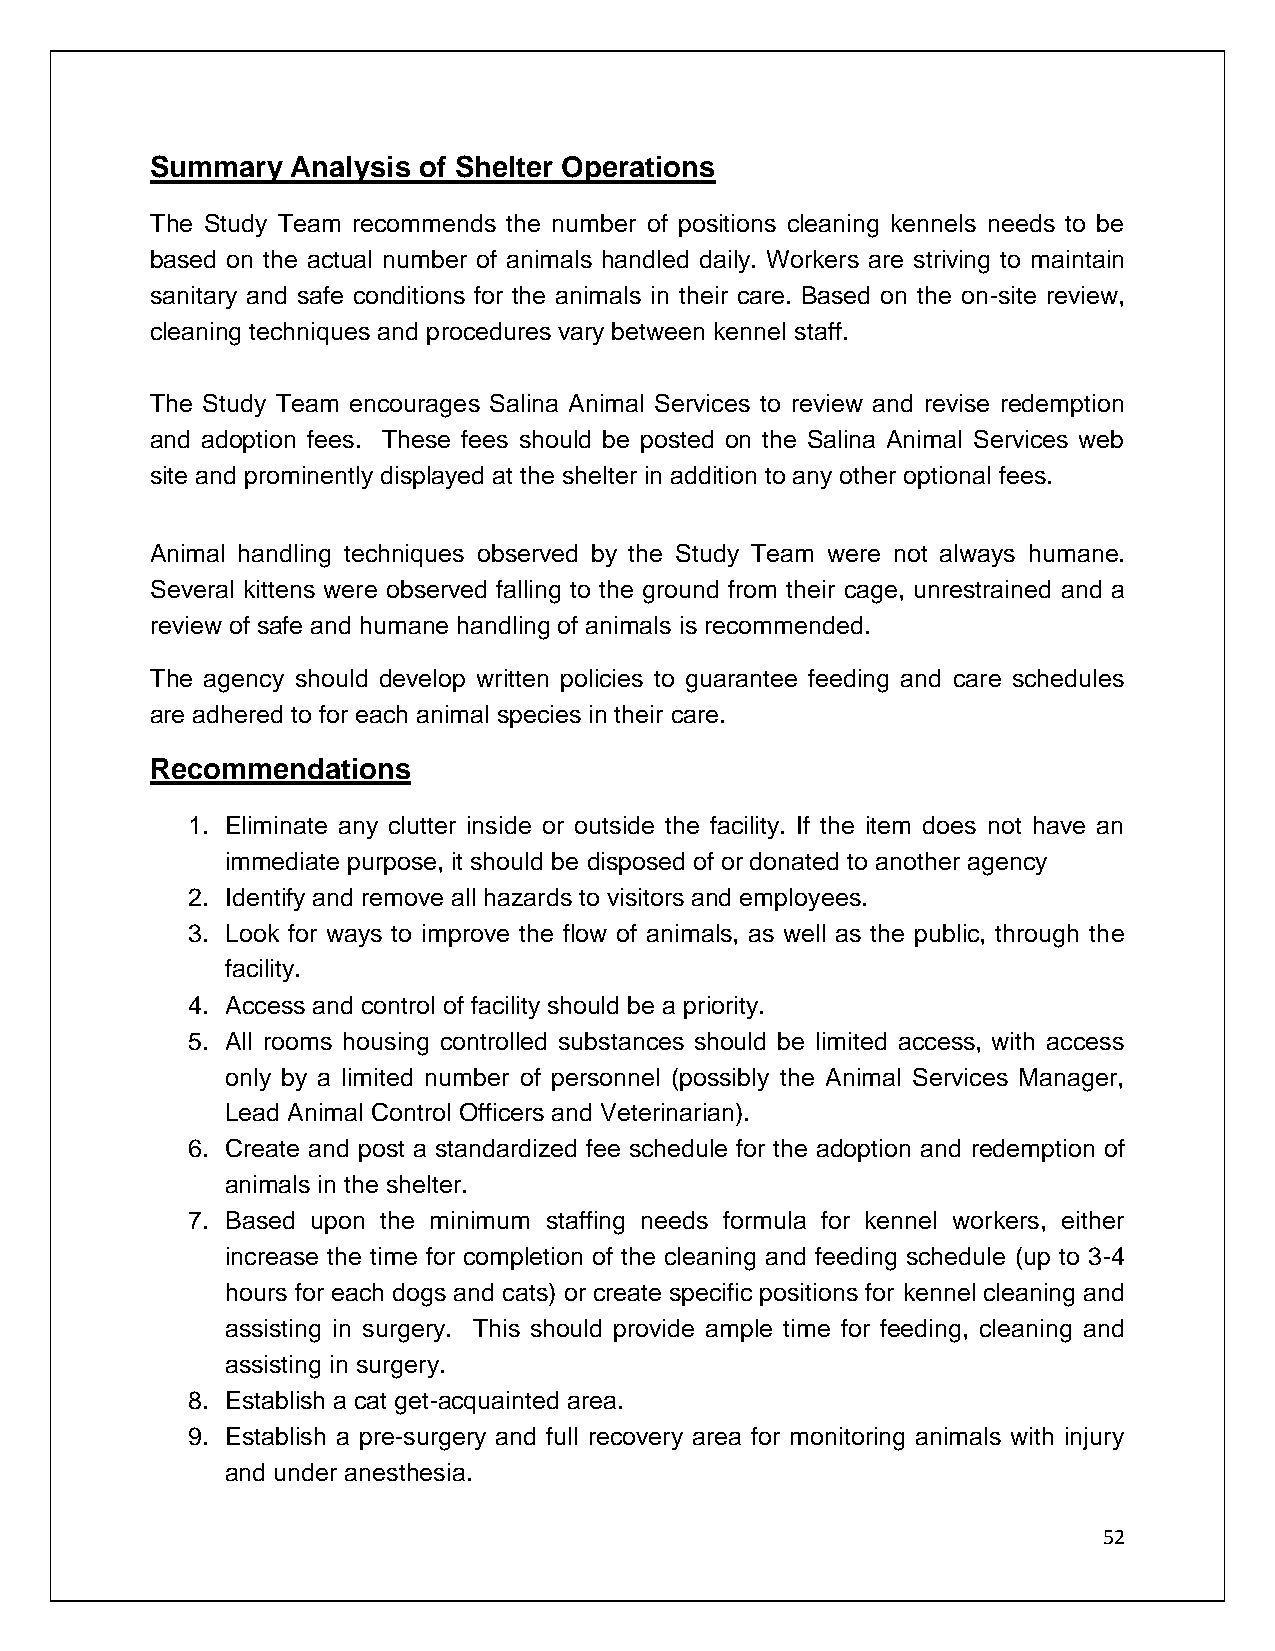
Summary  Analysis of Shelter Operations
 The Study Team recommends the number of positions cleaning kennels needs to be
 based on the actual number of animals handled daily. Workers are striving to maintain
 sanitary and safe conditions for the animals in their care. Based on the on-site review,
 cleaning techniques and procedures vary between kennel staff.
 The Study Team encourages Salina Animal Services to review and revise redemption
 and adoption fees. These fees should be posted on the Salina Animal Services web
 site and prominently displayed at the shelter in addition to any other optional fees.
 Animal handling techniques observed by the Study Team were not always humane.
 Several kittens were observed falling to the ground from their cage, unrestrained and a
 review of safe and humane handling of animals is recommended.
 The agency should develop written policies to guarantee feeding and care schedules
 are adhered to for each animal species in their care.
 Recommendations
 1. Eliminate any clutter inside or outside the facility. If the item does not have an
 immediate purpose, it should be disposed of or donated to another agency
 2. Identify and remove all hazards to visitors and employees.
 3. Look for ways to improve the flow of animals, as well as the public, through the
 facility.
 4. Access and control of facility should be a priority.
 5. All rooms housing controlled substances should be limited access, with access
 only by a limited number of personnel (possibly the Animal Services Manager,
 Lead Animal Control Officers and Veterinarian).
 6. Create and post a standardized fee schedule for the adoption and redemption of
 animals in the shelter.
 7. Based upon the minimum staffing needs formula for kennel workers, either
 increase the time for completion of the cleaning and feeding schedule (up to 3-4
 hours for each dogs and cats) or create specific positions for kennel cleaning and
 assisting in surgery. This should provide ample time for feeding, cleaning and
 assisting in surgery.
 8. Establish a cat get-acquainted area.
 9. Establish a pre-surgery and full recovery area for monitoring animals with injury
 and under anesthesia.
 52